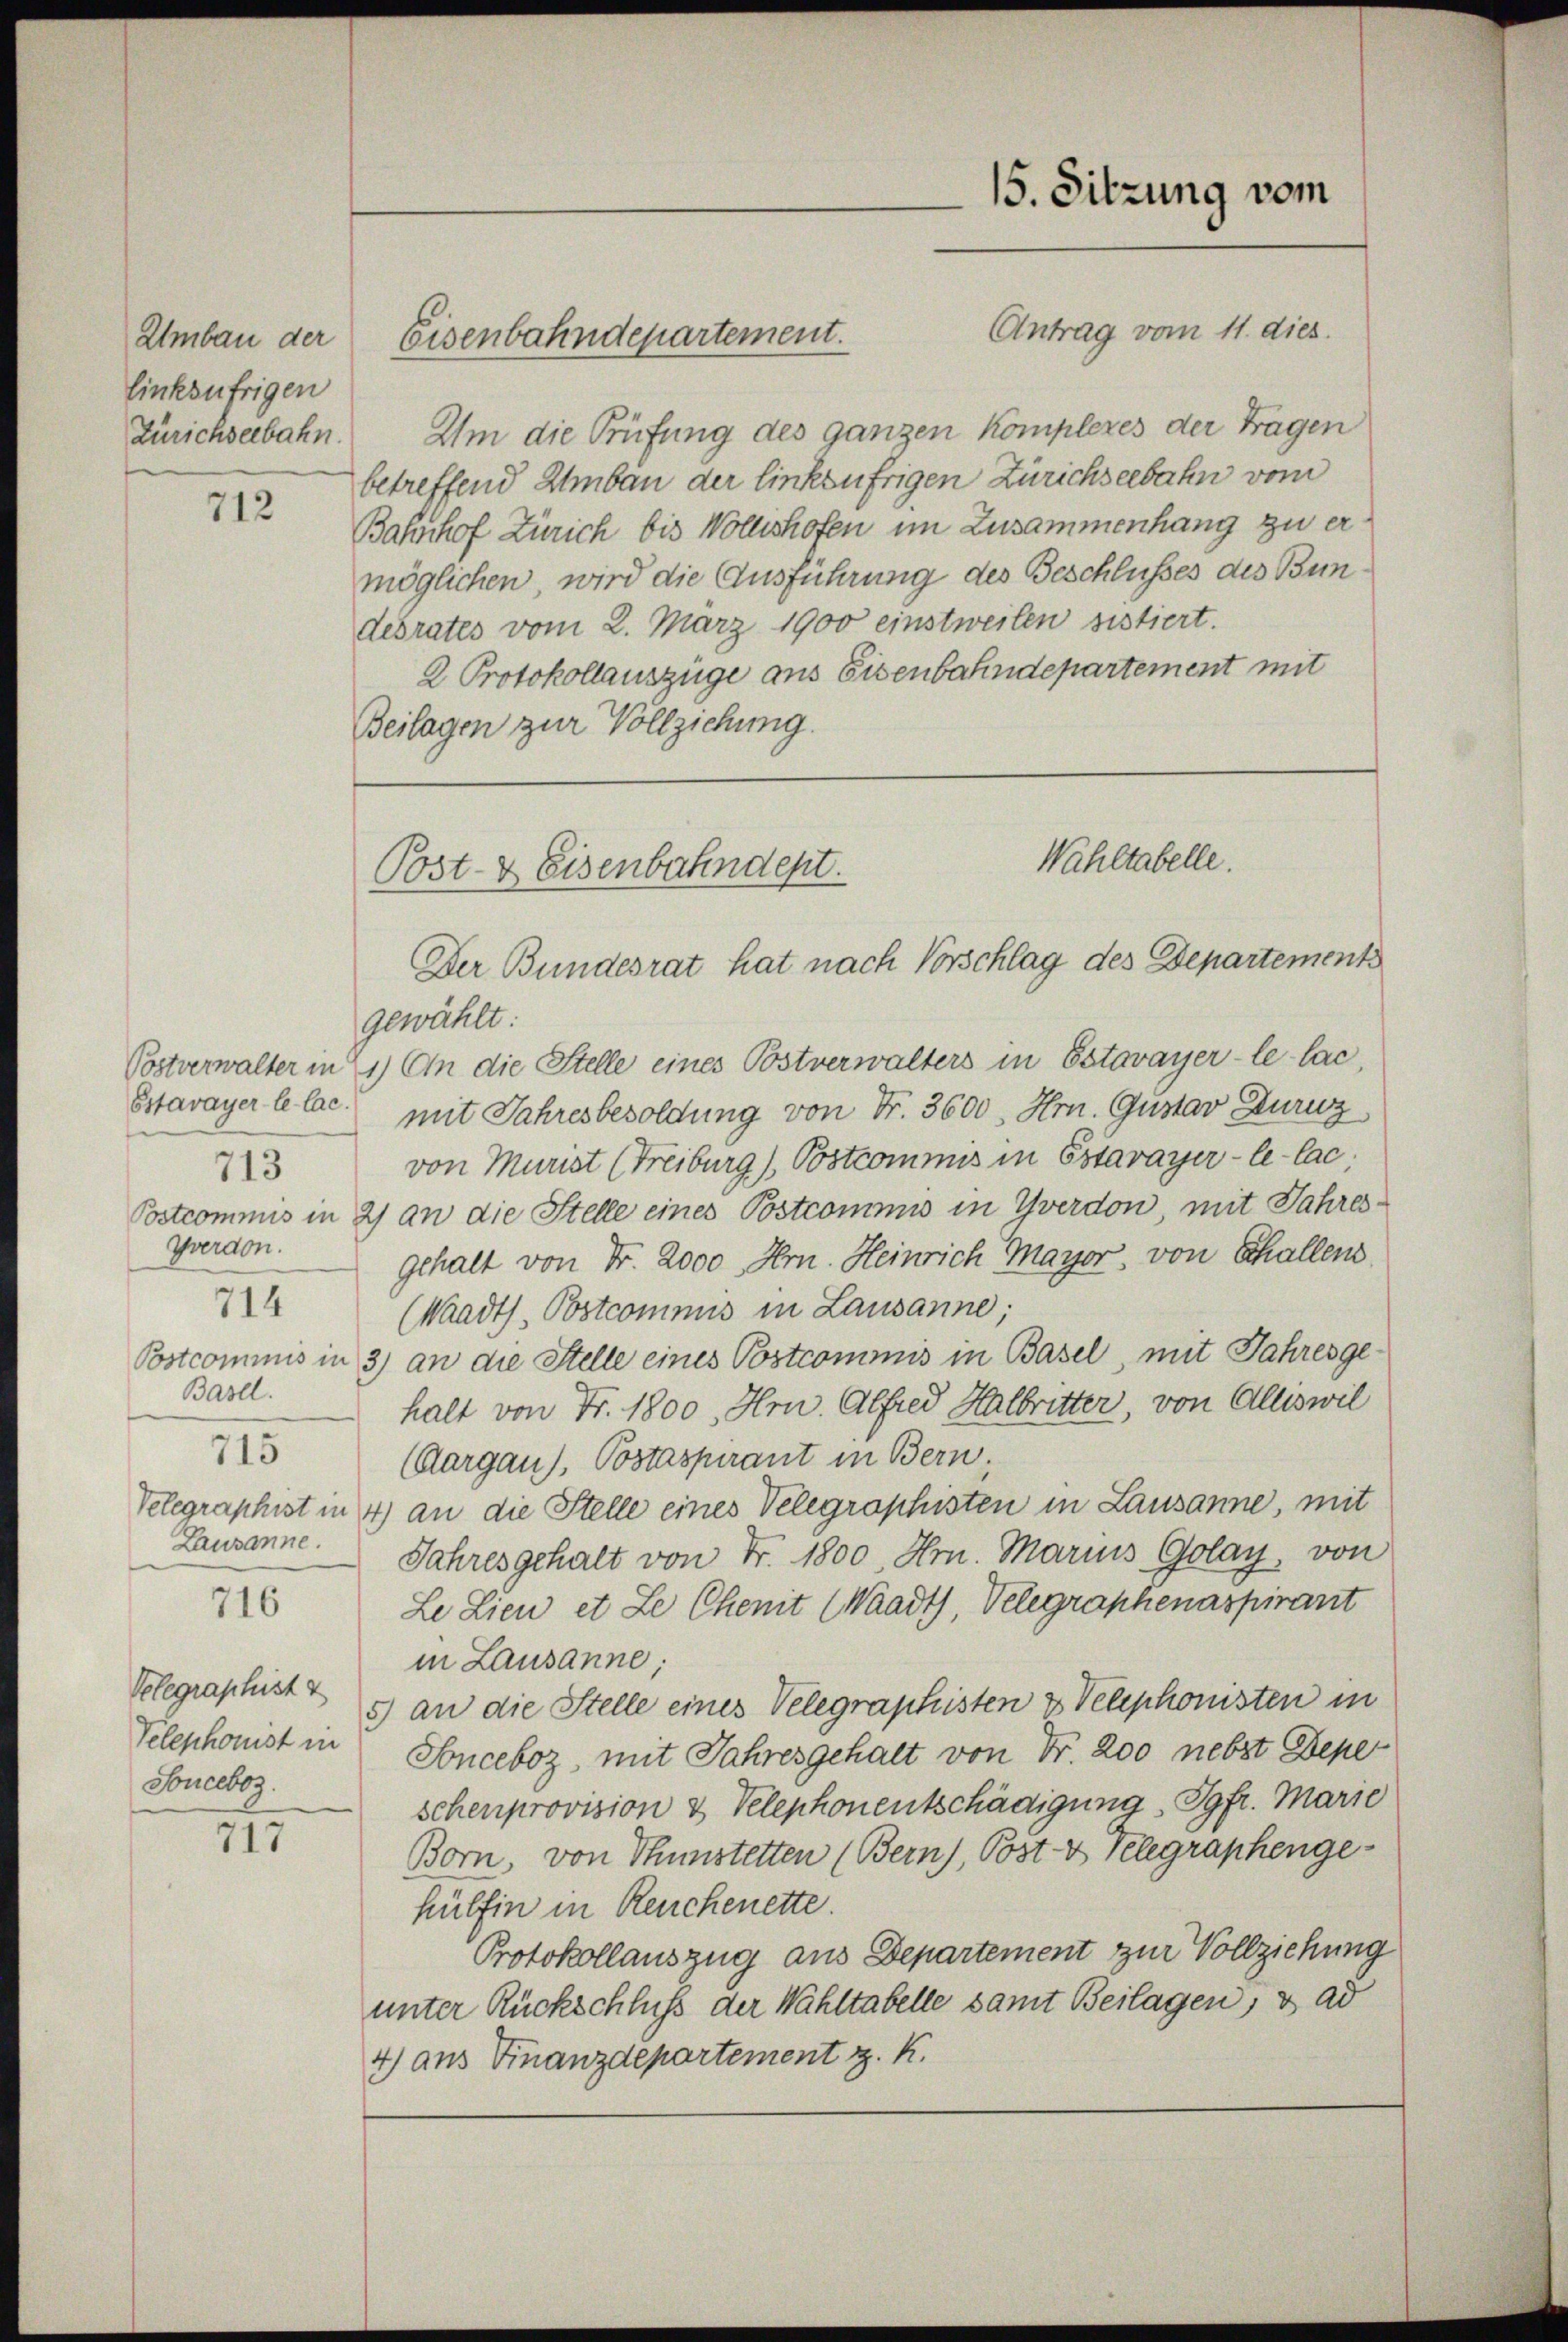
Umbau der
linksufrigen
Zürichseebahn.

712

Postverwalter in
Estavayer le lac.
713
Yverdon.
714
Basel.
715
Lausanne.

716

Velegraphist &
Telephonist in
Souceboz.

717

Antrag vom 11. dies.
Um die Prüfung des ganzen komplexes der Fragen
betreffend Umbau der linksufrigen Zürichseebahn vom
Bahnhof Zürich bis Wollishofen im Zusammenhang zu ermöglichen, wird die Ausführung des Beschlusses des Bundesrates vom 2. März 1900 einstweilen sistiert.
2 Protokollauszüge aus Eisenbahndepartement mit
Beilagen zur Vollziehung.

Eisenbahndepartement.

15. Sitzung vom

Wahltabelle.
Post- & Eisenbahndept.
Der Bundesrat hat nach Vorschlag des Departement

gewählt:
1.) An die Stelle eines Postverwalters in Estavayer-le- lac
mit Jahresbesoldung von Fr. 3600, Hrn. Gustav Duruz
von Murist (Freiburg), Postcommis in Estavayer-le-Cac;
Postcommis in 2) an die Stelle eines Postcommis in Yverdon mit Jahresgehalt von Fr. 2000 Hrn. Heinrich Mayor, von Schallen.
(Waadt, Postcommis in Lausanne;
Postcommis in 3) an die Stelle eines Postcommis in Basel, mit Jahresgehalt von Fr. 1800 Hr. Alfred Halbritter, von Alliswil
(Aargau), Postaspirant in Bern.
Velegraphist in 4) an die Stelle eines Velegraphisten in Lausanne, mit
Jahresgehalt von Fr. 1800 Hrn. Marius Golay, von
Le Lieu et Le Chenit (Waadt, Velegraphenaspirant
in Lausanne;
5) an die Stelle eines Velegraphisten & Telephonisten in
Sonceboz mit Jahresgehalt von Fr. 200 nebst Depe
schenprovision & Velephonentschädigung, Jgfr. Marie
Born, von Thunstetten (Bern), Post- & Telegraphengehülfen in Reuchenette.
Protokollauszug aus Departement zur Vollziehung
unter Rückschluß der Wahltabelle samt Beilagen, & ad
4) aus Finanzdepartement z. K.